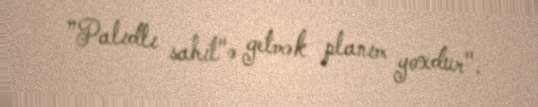
”Palıdlı sahil"ə getmək planım yoxdur".